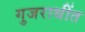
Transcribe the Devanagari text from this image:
गुजराथींत